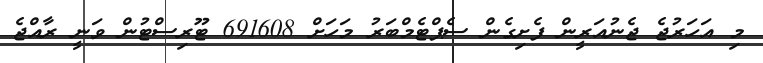
މި އަހަރުޖެ ޖެނުއަރީން ފެށިގެން ސެޕްޓެމްބަރު މަހަށް 691608 ޓޫރިސްޓުން ވަނީ ރާއްޖެ